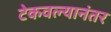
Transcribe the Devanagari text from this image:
टेकवल्यानंतर